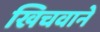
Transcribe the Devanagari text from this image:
खिचवाने